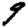
Digit: 9